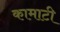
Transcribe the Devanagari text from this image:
कामाटी